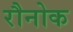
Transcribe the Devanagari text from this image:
रौनोक